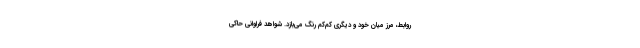
روابط، مرز میان خود و دیگری کم‌کم رنگ می‌بازد. شواهد فراوانی حاکی